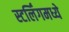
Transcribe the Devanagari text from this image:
स्टर्लिंगमध्ये